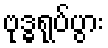
ဗုဒ္ဓရုပ်ပွား